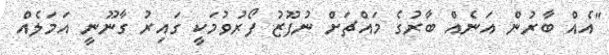
"އެއް ބާރުން އަނެއް ބާރުގެ މައްޗަށް ނުފޫޒު ފޯރުވުމަކީ ގައިރު ގާނޫނީ އަމަލެއް